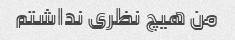
من هیچ نظری نداشتم